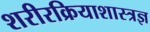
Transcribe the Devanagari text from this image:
शरीरक्रियाशास्त्रज्ञ